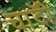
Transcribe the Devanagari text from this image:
चाॅदी